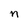
Character: n